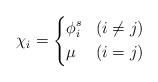
LaTeX: \begin{align*}\chi_i =\left\{\begin{aligned}& \phi^s_i & &(i \neq j) \\& \mu & &(i =j)\end{aligned} \right.\end{align*}